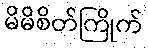
မိမိစိတ်ကြိုက်